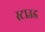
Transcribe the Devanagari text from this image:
स्टाउड